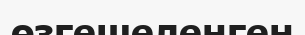
өзгешеленген